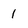
Character: 1